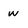
Character: w